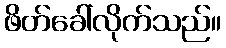
ဖိတ်ခေါ်လိုက်သည်။